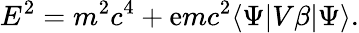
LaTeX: E^{2}=m^{2}c^{4}+\mathrm{e}mc^{2}\langle\Psi|V\beta|\Psi\rangle.